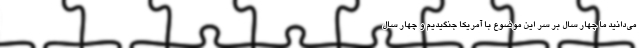
می‌دانید ما چهار سال بر سر این موضوع با آمریکا جنگیدیم و چهار سال